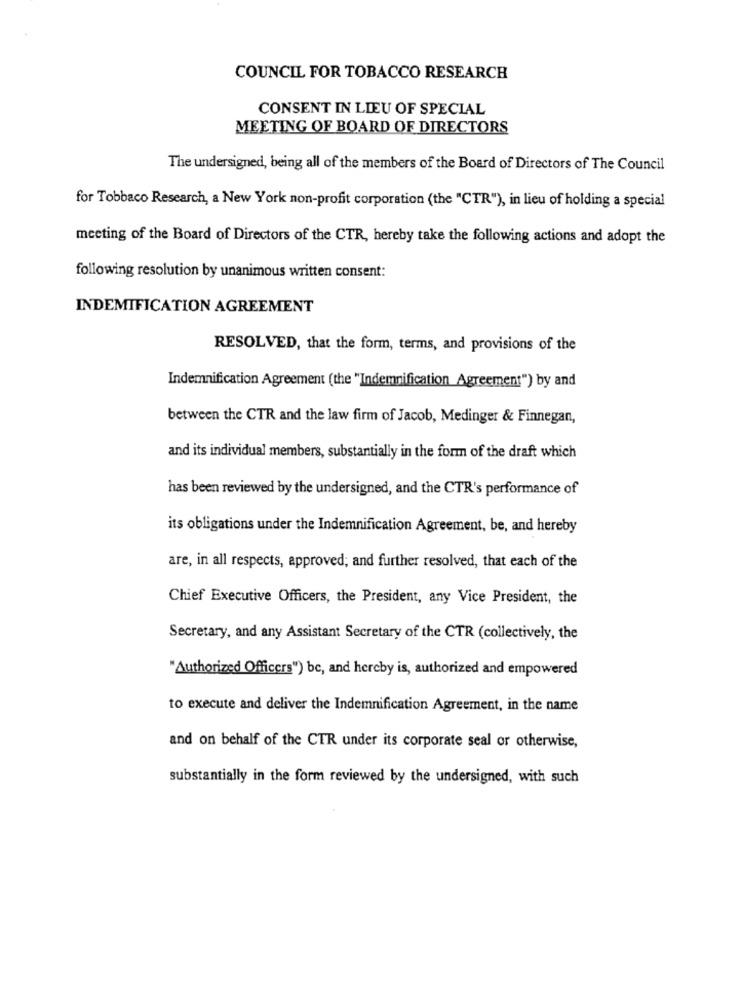
COUNCIL FOR TOBACCO RESEARCH
CONSENT IN LIEU OF SPECIAL
MEETING OF BOARD OF DIRECTORS
The undersigned, being all of the members of the Board of Directors of The Council
for Tobbaco Research, a New York non-profit corporation (the "CTR"), in lieu of holding a special
meeting of the Board of Directors of the CTR, hereby take the following actions and adopt the
following resolution by unanimous written consent:
INDEMIFICATION AGREEMENT
RESOLVED, that the form, terms, and provisions of the
Indemnification Agreement (the "Indemnification Agreement") by and
between the CTR and the law firm of Jacob, Medinger & Finnegan,
and its individual members, substantially in the form of the draft which
has been reviewed by the undersigned, and the CTR's performance of
its obligations under the Indemnification Agreement, be, and hereby
are, in all respects, approved; and further resolved, that each of the
Chief Executive Officers, the President, any Vice President, the
Secretary, and any Assistant Secretary of the CTR (collectively, the
"Authorized Officers") be, and hereby is, authorized and empowered
to execute and deliver the Indemnification Agreement, in the name
and on behalf of the CTR under its corporate seal or otherwise,
substantially in the form reviewed by the undersigned, with such